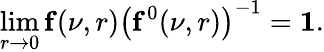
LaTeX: \operatorname*{lim}_{r\to 0}{\mathbf f}(\nu,r)\left({\mathbf f^{0}}(\nu,r)\right)^{-1}={\mathbf 1}.